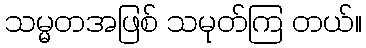
သမ္မတအဖြစ် သမုတ်ကြ တယ်။